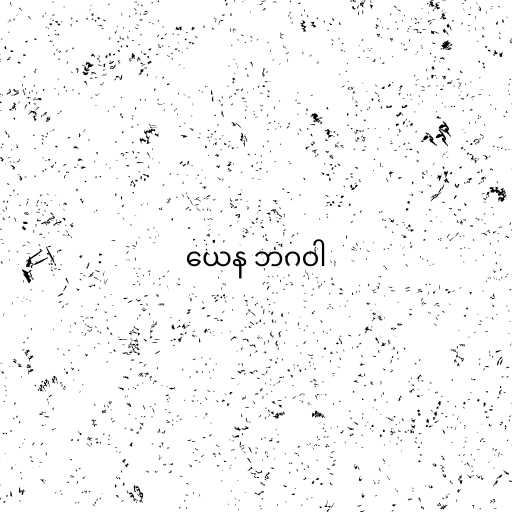
ယေန ဘဂဝါ